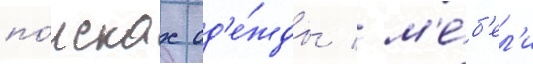
по́исках од'е́жды / м'е́б'ел'и